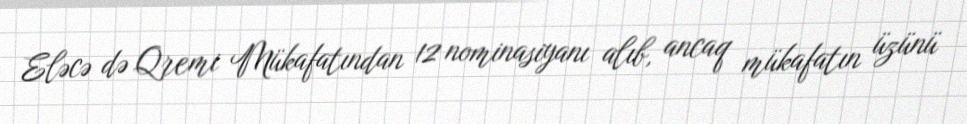
Eləcə də Qremi Mükafatından 12 nominasiyanı alıb, ancaq mükafatın üzünü